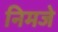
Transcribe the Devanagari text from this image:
निमजे